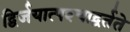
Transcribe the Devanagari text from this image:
द्विर्जयात्पश्‍चाद्वर्तते